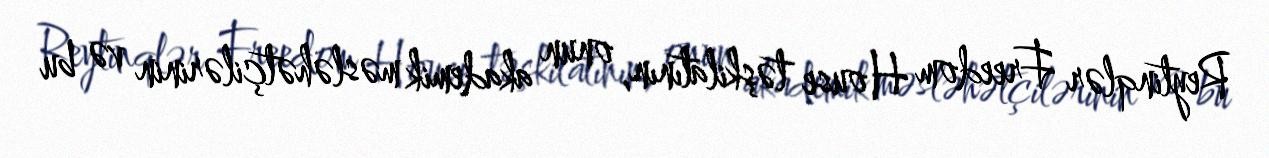
Reytinqlər Freedom House təşkilatının, onun akademik məsləhətçilərinin və bu